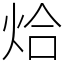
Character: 烚